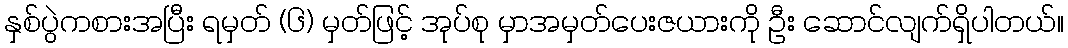
နှစ်ပွဲကစားအပြီး ရမှတ် (၆) မှတ်ဖြင့် အုပ်စု မှာအမှတ်ပေးဇယားကို ဦး ဆောင်လျက်ရှိပါတယ်။